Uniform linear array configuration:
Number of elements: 4
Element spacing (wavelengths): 0.25
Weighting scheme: hamming
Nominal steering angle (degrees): -30
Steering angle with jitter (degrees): -31.0
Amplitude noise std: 0.05
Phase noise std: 0.05

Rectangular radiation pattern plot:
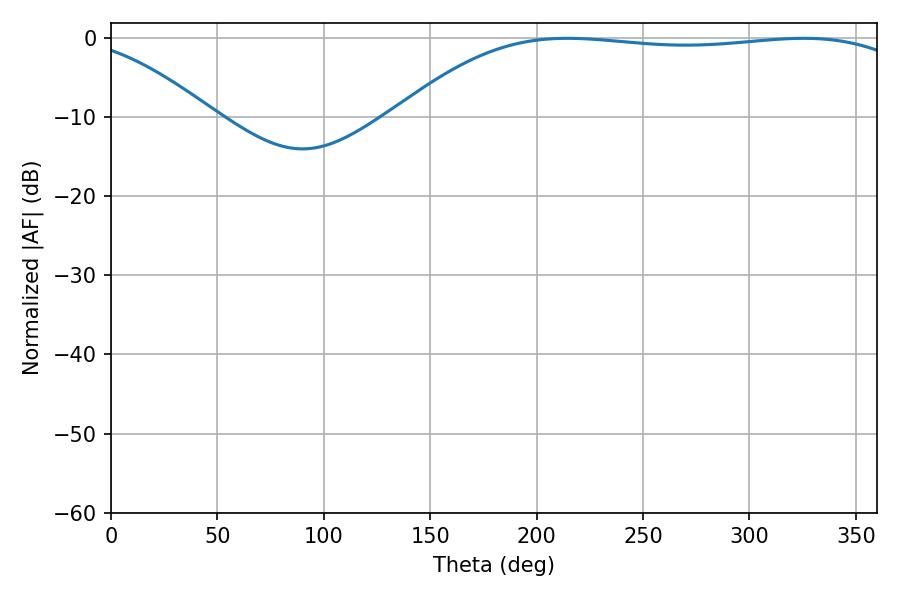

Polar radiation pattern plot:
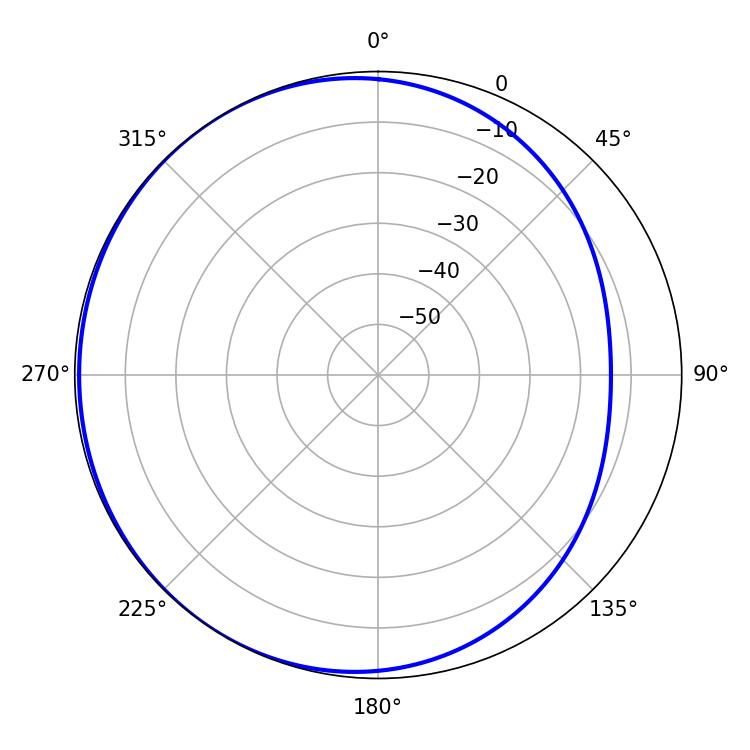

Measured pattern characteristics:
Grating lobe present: FALSE
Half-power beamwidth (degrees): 192.96
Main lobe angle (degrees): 214.38